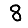
Digit: 8